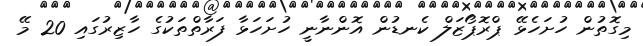
މިގޮތުން ހުށަހެޅޭ ޕްރޮޕޯޒަލް ކެނޑުން އޮންނާނީ ހުށަހަޅާ ފަރާތްތަކުގެ ހާޒިރުގައި 20 މޭ